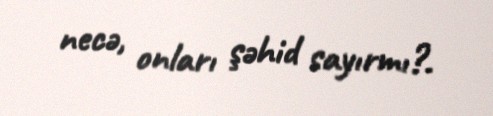
necə, onları şəhid sayırmı?.